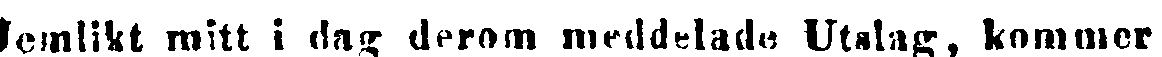
Jemlikt mitt i dag derom meddelade Utslag, kommer